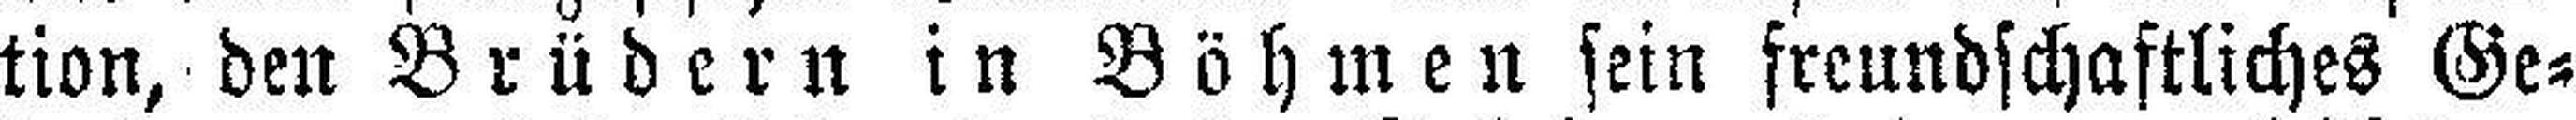
tion, den Brüdern in Böhmen sein freundschaftliches Ge¬